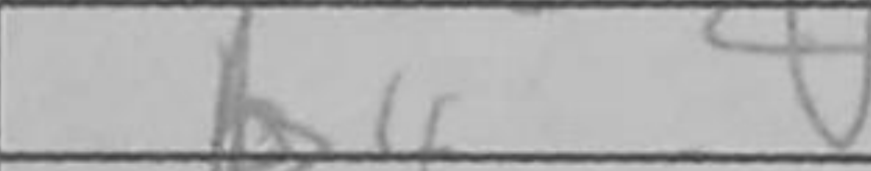
Transcription: b4